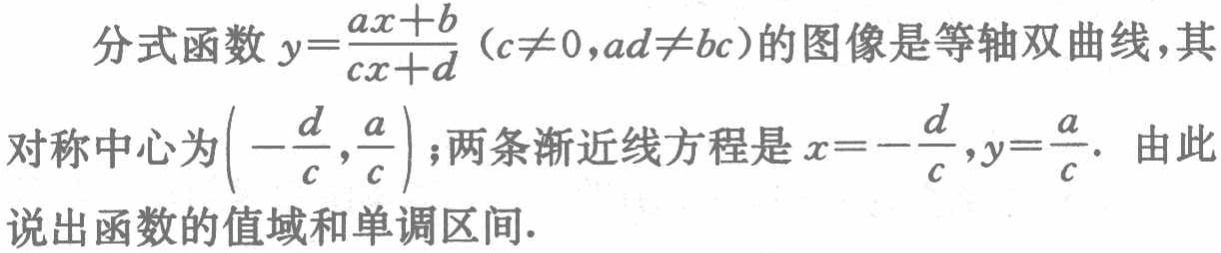
分式函数\(y = \frac{ax + b}{cx + d}(c\neq0,ad\neq bc)\)的图像是等轴双曲线，其

对称中心为\((-\frac{d}{c},\frac{a}{c})\)；两条渐近线方程是\(x = -\frac{d}{c},y = \frac{a}{c}\)．由此

说出函数的值域和单调区间．